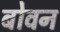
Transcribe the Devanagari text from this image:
बोवन